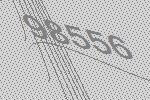
98556